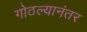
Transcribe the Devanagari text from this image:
गोठल्यानंतर